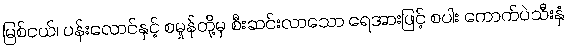
မြစ်ငယ်၊ ပန်းလောင်နှင့် စမှုန်တို့မှ စီးဆင်းလာသော ရေအားဖြင့် စပါး ကောက်ပဲသီးနှံ